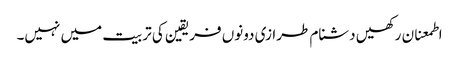
اطمعنان رکھیں دشنام طرازی دونوں فریقین کی تربیت میں نہیں۔